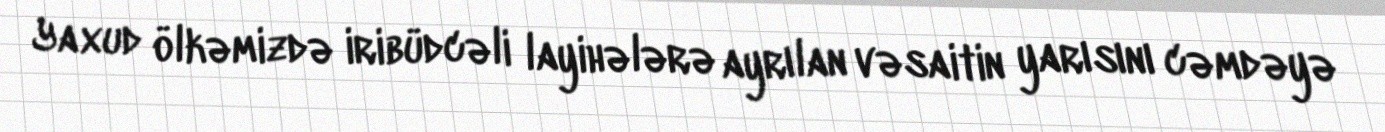
Yaxud ölkəmizdə iribüdcəli layihələrə ayrılan vəsaitin yarısını cəmdəyə